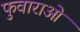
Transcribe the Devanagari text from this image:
फुवाराओ